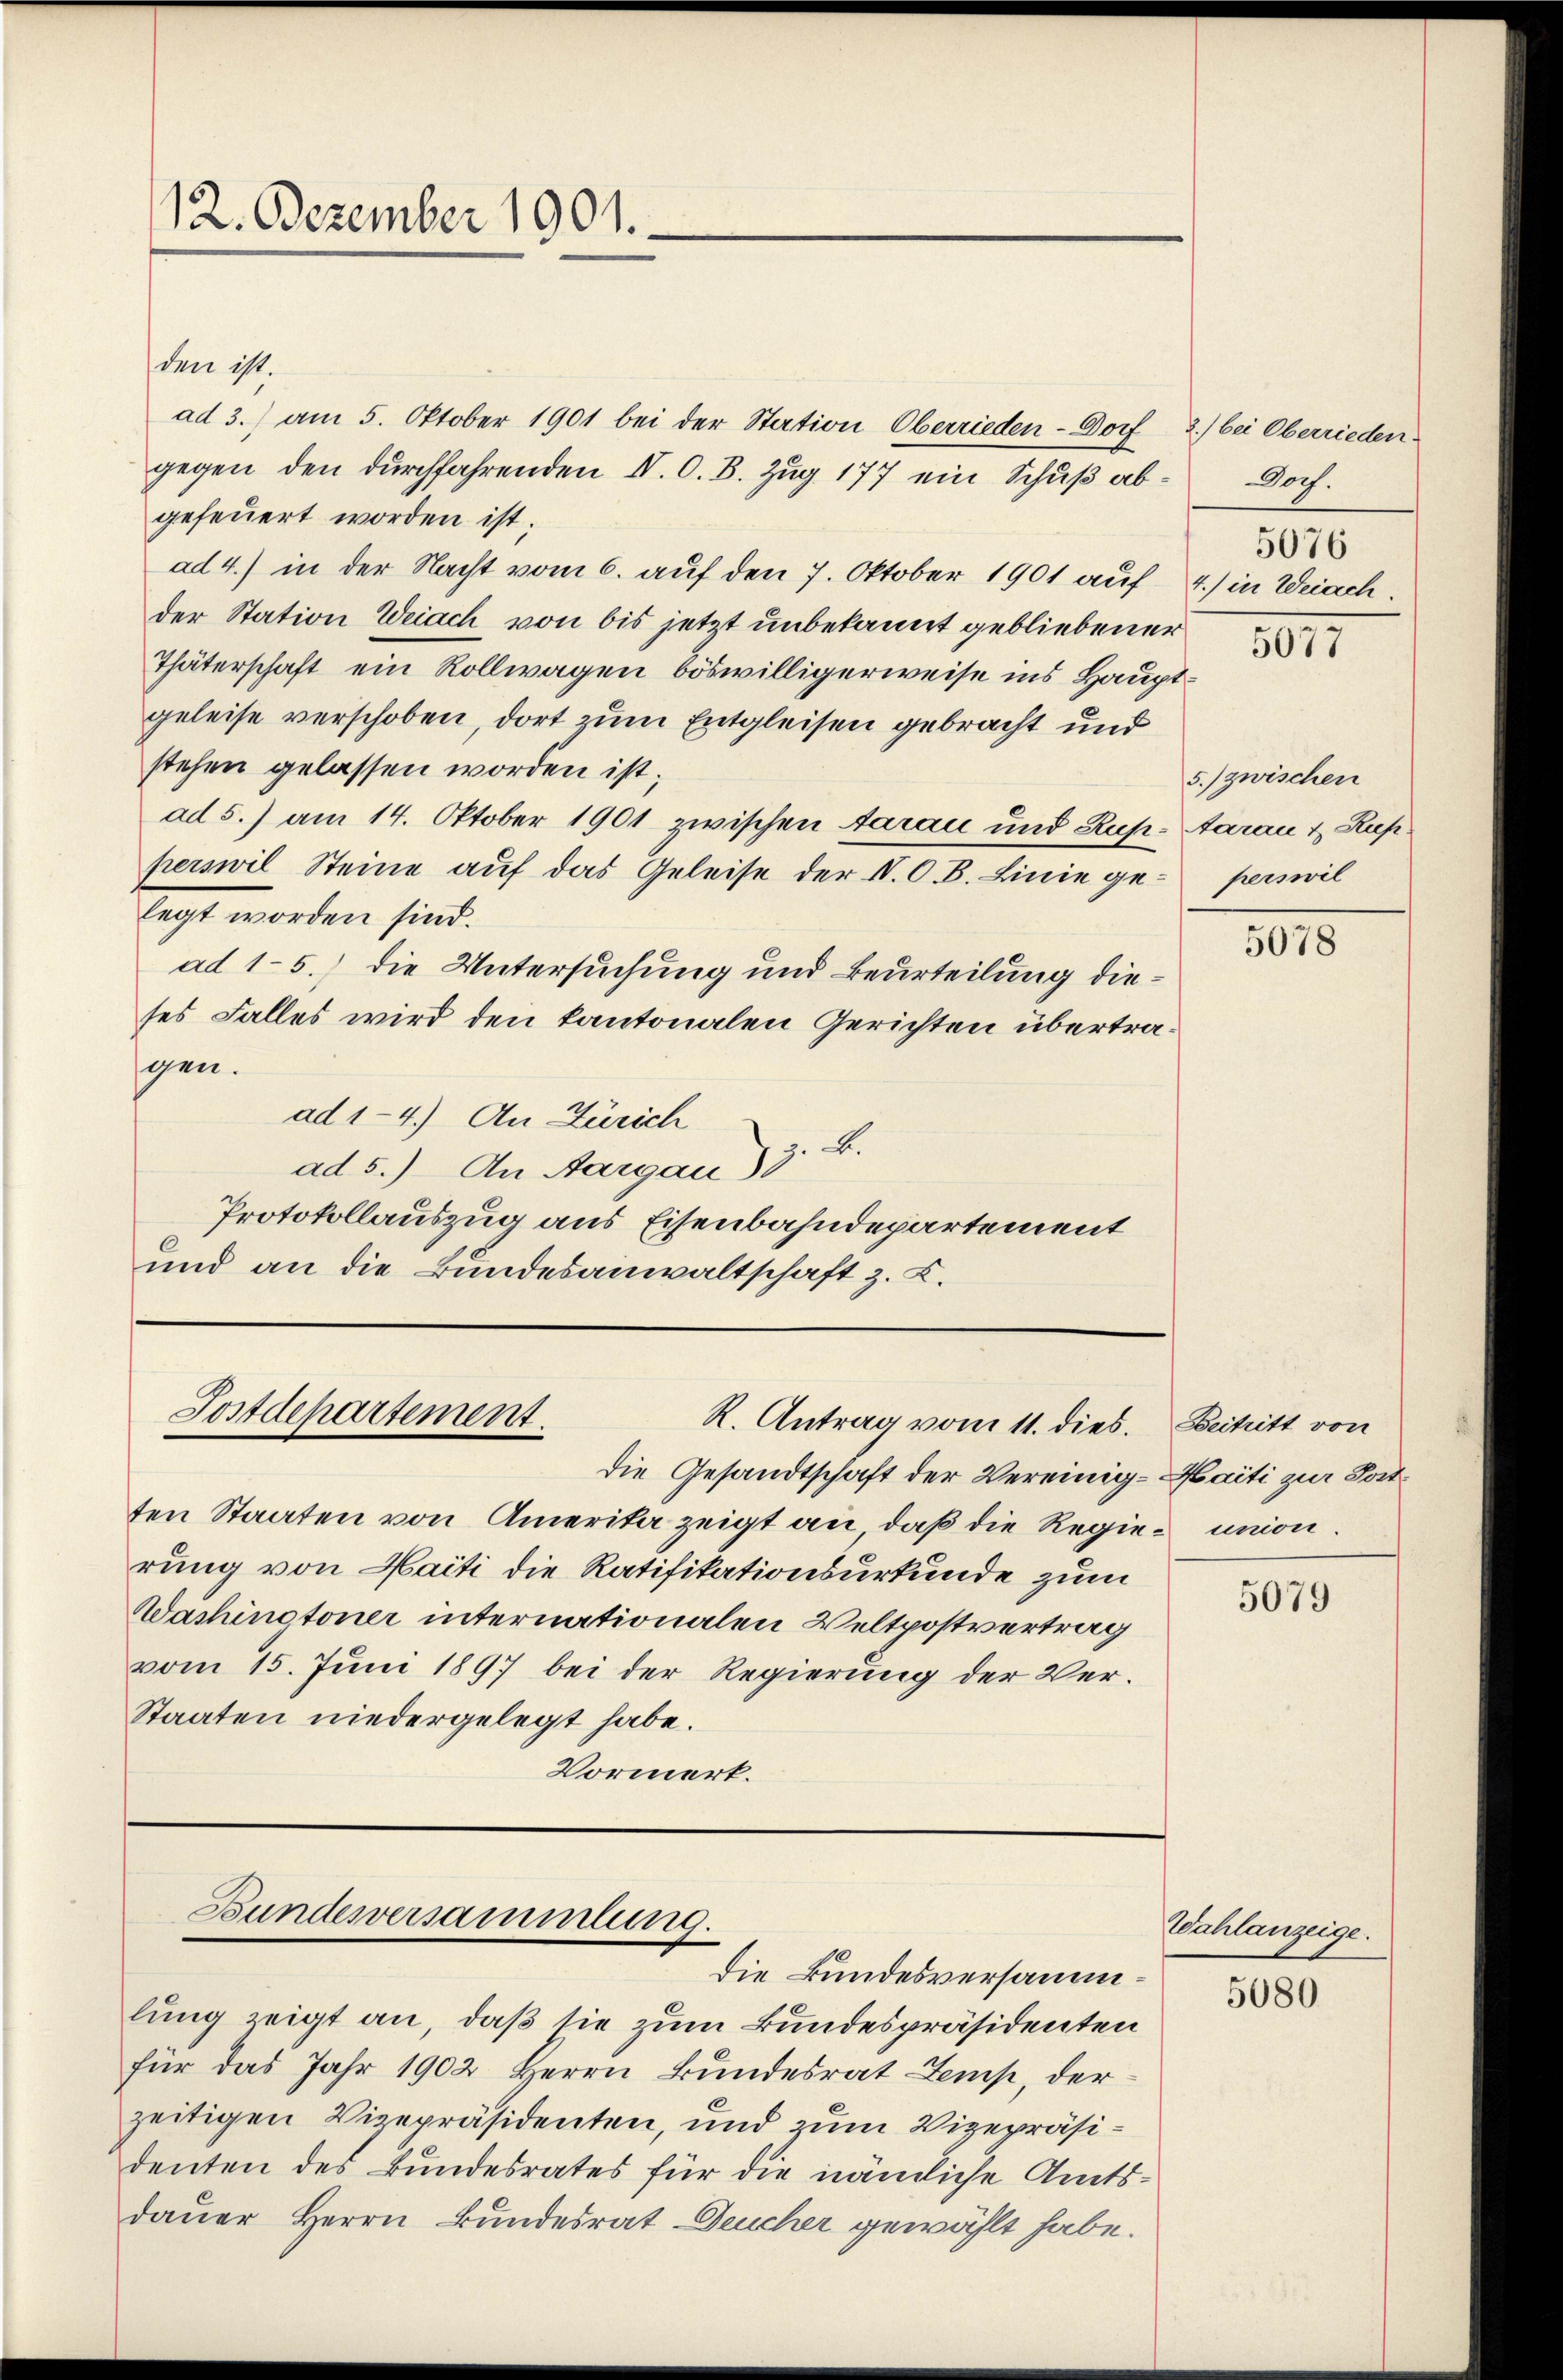
12. Dezember 1901.

den ist.
ad 3.) am 5. Oktober 1901 bei der Station Oberrieden-Dorf
gegen den durchfahrenden IV. O. B. Zug 177 ein Schuß abgefeuert worden ist.
ad 4.) in der Nacht vom 6. auf den 7. Oktober 1901 auf 4.) in Weiach.
der Station Weiach von bis jetzt unbekannt gebliebener
Thäterschaft ein Rollwagen böswilligerweise ins Hauptgeleise verschoben, dort zum Entgleisen gebracht und
stehen gelassen worden ist;
ad 5.) am 14. Oktober 1901 zwischen darau und Rup-Aarau & Rup.
perswil Steine auf das Geleise der V. O. B. Linie gelegt worden sind.
ad 1-5.) die Untersuchung und Beurteilung dieses Falles wird den kantonalen Gerichten übertragen.
ad 1-4.) An Zürich
ad 5.) An Aargau) z. B.
Protokollauszug aus Eisenbahndepartement
und an die Bundesanwaltschaft z. Z.

Postdepartement.
R. Antrag vom 11. dies.

Die Gesandtschaft der Vereinig-Haiti zur Postten Staaten von Amerika zeigt an, daß die Regie- union
rung von Haiti die Ratifikationsurkunde zum
Washingtoner internationalen Veltpostvertrag
vom 15. Juni 1897 bei der Regierung der Ver¬
Staaten niedergelegt habe.
Vormerk.

Bundesversammlung.
Die Bundesversamm¬

lung zeigt an, daß sie zum Bundespräsidenten
für das Jahr 1902 Herrn Bundesrat Zemp, der
zeitigen Vizepräsidenten, und zum Vizepräsidenten des Bundesrates für die nämliche Amtsdauer Herrn Bundesrat Deucher gewählt habe.

2.) bei Oberrieden.
Doch.
5076

5077

5.) zwischen
perswil

5078

Beitritt von

5079

Wahlanzeige.

5080